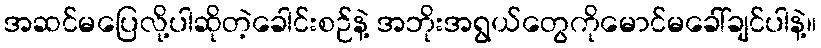
အဆင်မပြေလို့ပါဆိုတဲ့ခေါင်းစဉ်နဲ့ အဘိုးအရွယ်တွေကိုမောင်မခေါ်ချင်ပါနဲ့။